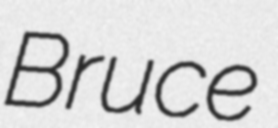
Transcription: Bruce